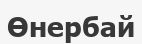
Өнербай